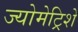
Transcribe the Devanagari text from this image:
ज्योमेट्रिशे